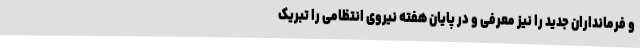
و فرمانداران جدید را نیز معرفی و در پایان هفته نیروی انتظامی را تبریک